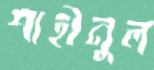
শাহীনুল